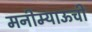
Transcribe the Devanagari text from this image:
मनीम्याऊची